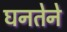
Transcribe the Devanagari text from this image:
घनतेने